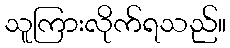
သူကြားလိုက်ရသည်။